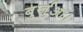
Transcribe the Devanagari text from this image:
बुर्जुआ।